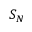
S _ { N }